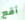
أقع